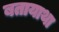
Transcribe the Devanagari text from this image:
बतायाथा